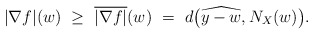
\begin{align*}|\nabla f|(w) ~\ge~ \overline{|\nabla f|}(w) ~=~ d \big(\widehat{y-w},N_X(w)\big).\end{align*}